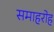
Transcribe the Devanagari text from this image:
समाहरोह